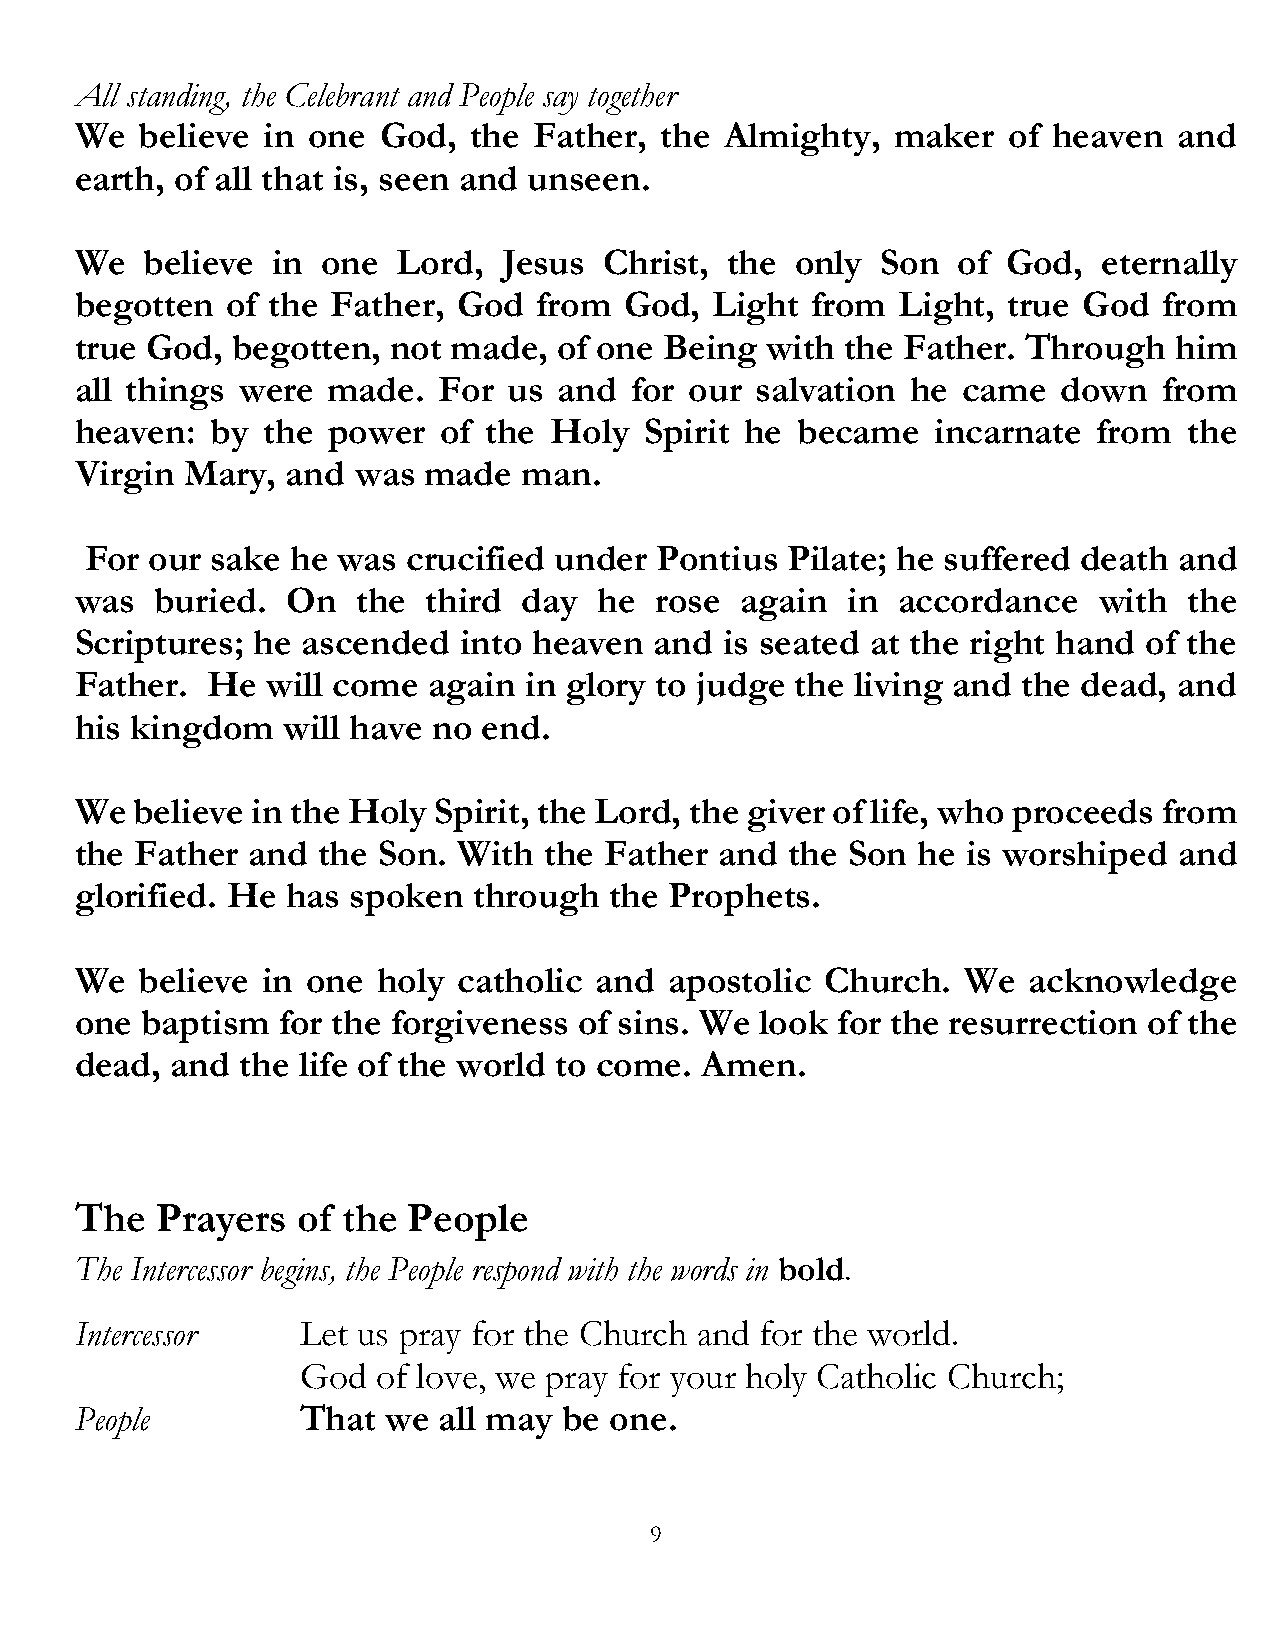
All standing, the Celebrant and People say together
 We  believe in one  God,  the Father,  the Almighty,  maker   of heaven  and
 earth, of all that is, seen and unseen.
 We   believe in one  Lord,  Jesus  Christ, the  only Son  of  God,  eternally
 begotten  of the Father, God   from God,  Light  from  Light, true God  from
 true God, begotten,  not made,  of one Being  with the Father. Through   him
 all things were  made.  For  us and  for our salvation he  came  down   from
 heaven:  by the  power  of the Holy   Spirit he became   incarnate  from  the
 Virgin Mary,  and  was made   man.
 For our sake he was  crucified under Pontius  Pilate; he suffered death and
 was  buried.  On   the third  day  he rose  again  in accordance    with  the
 Scriptures; he ascended  into heaven  and  is seated at the right hand of the
 Father.  He  will come again  in glory to judge the living and the dead, and
 his kingdom   will have no end.
 We  believe in the Holy Spirit, the Lord, the giver of life, who proceeds from
 the Father  and the Son. With  the Father  and the Son  he is worshiped  and
 glorified. He has spoken  through  the Prophets.
 We  believe in one  holy catholic and  apostolic  Church.  We  acknowledge
 one baptism   for the forgiveness of sins. We look for the resurrection of the
 dead, and  the life of the world to come. Amen.
 The  Prayers   of the People
 The Intercessor begins, the People respond with the words in bold.
 Intercessor    Let us pray for the Church and for the world.
 God  of love, we pray for your holy Catholic Church;
 People         That  we all may be one.
 9